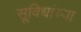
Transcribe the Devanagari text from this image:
सूविधांच्या